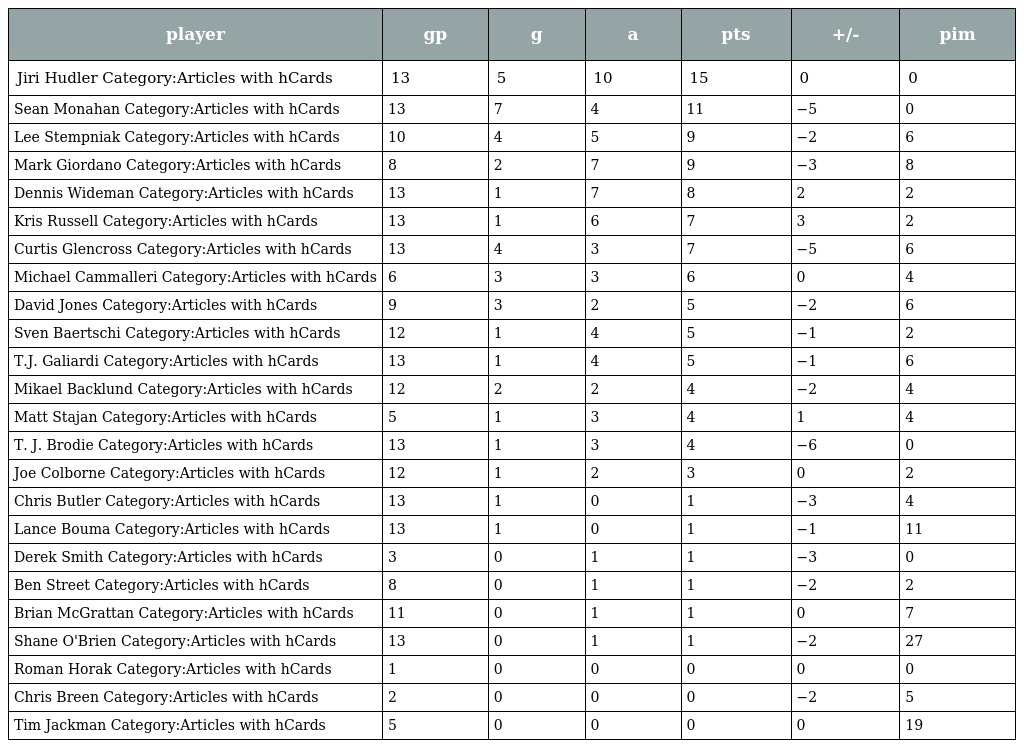
| player | gp | g | a | pts | +/- | pim |
 | --- | --- | --- | --- | --- | --- | --- |
 | Jiri Hudler Category:Articles with hCards | 13 | 5 | 10 | 15 | 0 | 0 |
 | Sean Monahan Category:Articles with hCards | 13 | 7 | 4 | 11 | −5 | 0 |
 | Lee Stempniak Category:Articles with hCards | 10 | 4 | 5 | 9 | −2 | 6 |
 | Mark Giordano Category:Articles with hCards | 8 | 2 | 7 | 9 | −3 | 8 |
 | Dennis Wideman Category:Articles with hCards | 13 | 1 | 7 | 8 | 2 | 2 |
 | Kris Russell Category:Articles with hCards | 13 | 1 | 6 | 7 | 3 | 2 |
 | Curtis Glencross Category:Articles with hCards | 13 | 4 | 3 | 7 | −5 | 6 |
 | Michael Cammalleri Category:Articles with hCards | 6 | 3 | 3 | 6 | 0 | 4 |
 | David Jones Category:Articles with hCards | 9 | 3 | 2 | 5 | −2 | 6 |
 | Sven Baertschi Category:Articles with hCards | 12 | 1 | 4 | 5 | −1 | 2 |
 | T.J. Galiardi Category:Articles with hCards | 13 | 1 | 4 | 5 | −1 | 6 |
 | Mikael Backlund Category:Articles with hCards | 12 | 2 | 2 | 4 | −2 | 4 |
 | Matt Stajan Category:Articles with hCards | 5 | 1 | 3 | 4 | 1 | 4 |
 | T. J. Brodie Category:Articles with hCards | 13 | 1 | 3 | 4 | −6 | 0 |
 | Joe Colborne Category:Articles with hCards | 12 | 1 | 2 | 3 | 0 | 2 |
 | Chris Butler Category:Articles with hCards | 13 | 1 | 0 | 1 | −3 | 4 |
 | Lance Bouma Category:Articles with hCards | 13 | 1 | 0 | 1 | −1 | 11 |
 | Derek Smith Category:Articles with hCards | 3 | 0 | 1 | 1 | −3 | 0 |
 | Ben Street Category:Articles with hCards | 8 | 0 | 1 | 1 | −2 | 2 |
 | Brian McGrattan Category:Articles with hCards | 11 | 0 | 1 | 1 | 0 | 7 |
 | Shane O'Brien Category:Articles with hCards | 13 | 0 | 1 | 1 | −2 | 27 |
 | Roman Horak Category:Articles with hCards | 1 | 0 | 0 | 0 | 0 | 0 |
 | Chris Breen Category:Articles with hCards | 2 | 0 | 0 | 0 | −2 | 5 |
 | Tim Jackman Category:Articles with hCards | 5 | 0 | 0 | 0 | 0 | 19 |